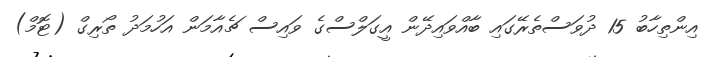
އިންތިހާބު 15 ދުވަސްތެރޭގައި ބާއްވައިދޭން އީގަލްސްގެ ވައިސް ޗެއާމަން އަހުމަދު ތޯރިގް (ޓޮމް)